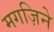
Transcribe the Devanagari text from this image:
मगज़िने